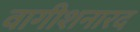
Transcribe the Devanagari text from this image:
वागीशनारद